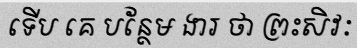
ទើប គេ បន្ថែម ងារ ថា ព្រះសិវៈ